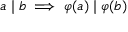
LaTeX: a \mid b \implies \varphi ( a ) \mid \varphi ( b )